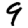
Digit: 9